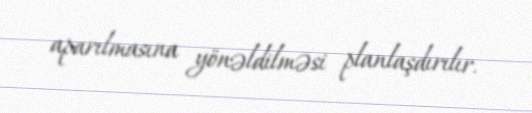
aparılmasına yönəldilməsi planlaşdırılır.